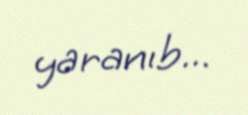
yaranıb...